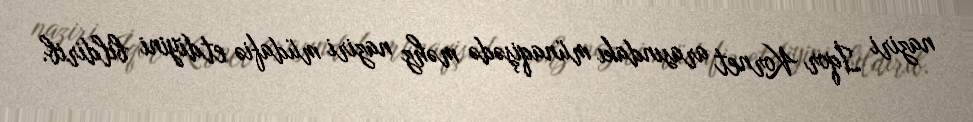
naziri İqor Kornet arasındakı münaqişədə məhz naziri müdafiə etdiyini bildirib.